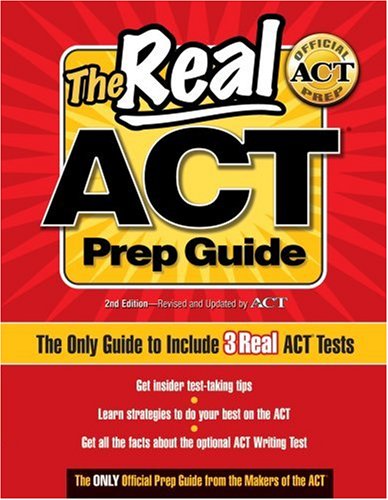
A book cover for The Real ACT Prep Guide: The Only Guide to Include 3Real ACT Tests; ACTOrg; Test Preparation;